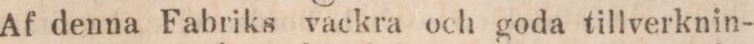
Af denna Fabriks vackra och goda tillverknin-